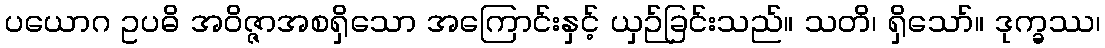
ပယောဂ ဥပဓိ အဝိဇ္ဇာအစရှိသော အကြောင်းနှင့် ယှဉ်ခြင်းသည်။ သတိ၊ ရှိသော်။ ဒုက္ခဿ၊